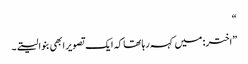
“
”اختر: میں کہہ رہا تھا کہ ایک تصویر ابھی بنوا لیتے۔